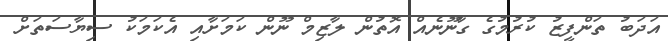
އަދަބު ތަންފީޒު ކުރުމުގެ ގާނޫނެއް އޮތުން ލާޒިމް ނޫން ކަމަށާއި އެކަމަކު ސިޔާސަތަށް